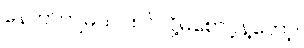
နောက်ကျမယ် ထင်လို့မစောင့်နဲ့တော့။